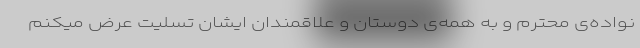
نواده‌ی محترم و به همه‌ی دوستان و علاقمندان ایشان تسلیت عرض میکنم